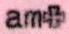
am+